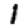
Digit: 1